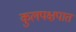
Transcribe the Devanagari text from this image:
कुलपक्षपात